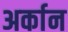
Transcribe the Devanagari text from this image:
अर्कान